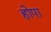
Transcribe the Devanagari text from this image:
होपा